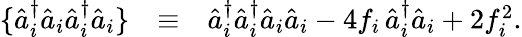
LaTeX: \begin{array}{rlr}{\{ \hat{a}_{i}^{\dagger}\hat{a}_{i}\hat{a}_{i}^{\dagger}\hat{a}_{i}\} }&{\equiv}&{\hat{a}_{i}^{\dagger}\hat{a}_{i}^{\dagger}\hat{a}_{i}\hat{a}_{i}-4f_{i}\, \hat{a}_{i}^{\dagger}\hat{a}_{i}+2f_{i}^{2}.}\end{array}